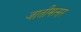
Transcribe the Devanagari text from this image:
जातीमत्सर